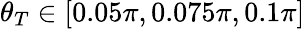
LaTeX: \theta_{T}\in\left[0.05\pi,0.075\pi,0.1\pi\right]